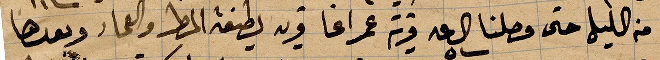
من الليل حتى وصلنا الساعة ٥ قرية عمراغا قرية لطيفة المطر وال... وبعدها